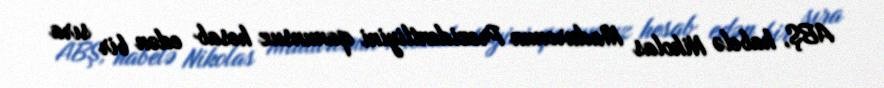
ABŞ, habelə Nikolas Maduronun Prezidentliyini qanunsuz hesab edən bir sıra